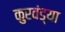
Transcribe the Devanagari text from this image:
कुरवंड्या